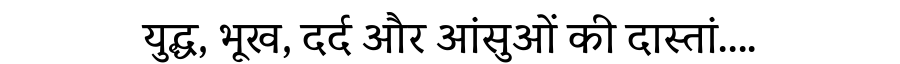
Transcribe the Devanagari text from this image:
युद्ध, भूख, दर्द और आंसुओं की दास्तां....